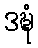
ဒဍ္ဎံ